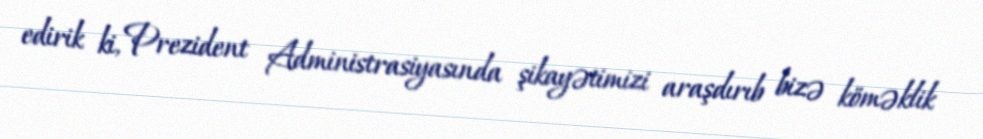
edirik ki, Prezident Administrasiyasında şikayətimizi araşdırıb bizə köməklik